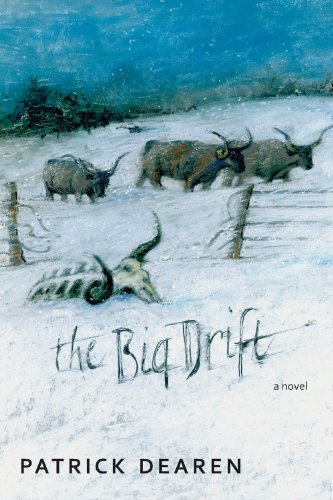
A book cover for The Big Drift; Patrick Dearen; Literature & Fiction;